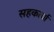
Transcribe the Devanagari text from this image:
सहकार्या